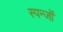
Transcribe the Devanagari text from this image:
स्पन्जों